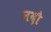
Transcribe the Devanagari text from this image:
नदौ